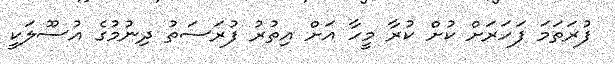
ފުރަތަމަ ފަހަރަށް ކުށް ކުރާ މީހާ އަށް އިތުރު ފުރަސަތު ދިނުމުގެ އުސޫލަކީ